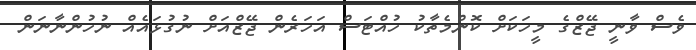
ވެސް ވާނީ ޖޭޒްގެ މީހަކަށް ކޮންމެތާކު ހުއްޓަސް އަހަރެން ޖޭޒްއަށް ނުގުޅައެއް ނުހުންނާނަން